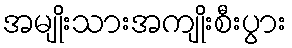
အမျိုးသားအကျိုးစီးပွား